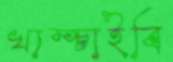
খাম্‌চাইবি